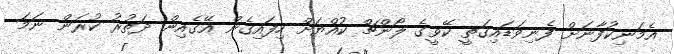
އެމަނިކުފާނަށް ފެނިވަޑައިގަތީ ކޭވީގެ ލޯންޗް ކުއްޔަށް ހިފައިގެން އޭގެއިން ދަތުރު ކުރަން ނަމަ